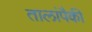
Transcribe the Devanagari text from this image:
तालांपैकी